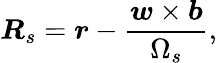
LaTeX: \boldsymbol{R}_{s}=\boldsymbol{r}-\frac{\boldsymbol{w}\times\boldsymbol{b}}{\Omega_{s}},